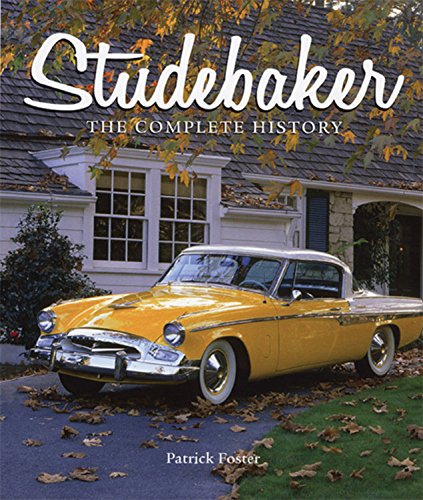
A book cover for Studebaker: The Complete History; Patrick Foster; Engineering & Transportation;